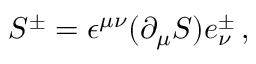
S ^ { \pm } = \epsilon ^ { \mu \nu } ( \partial _ { \mu } S ) e _ { \nu } ^ { \pm } \, ,